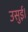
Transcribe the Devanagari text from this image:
उसुई।